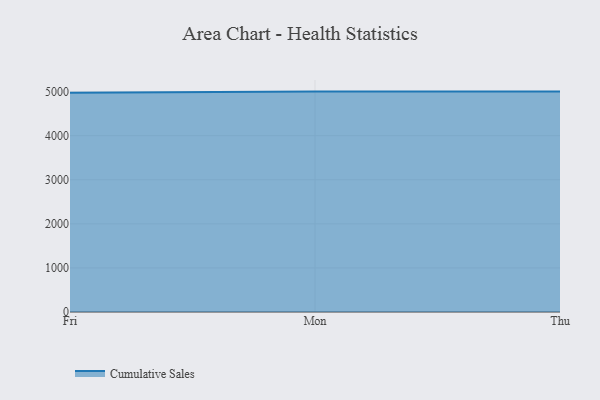
{"axis": {"x": "Day", "y": "Tickets Resolved"}, "legend": ["Cumulative Sales"], "data": [{"x": "Fri", "y": 4976.1, "type": "Cumulative Sales"}, {"x": "Mon", "y": 5000, "type": "Cumulative Sales"}, {"x": "Thu", "y": 5000, "type": "Cumulative Sales"}]}